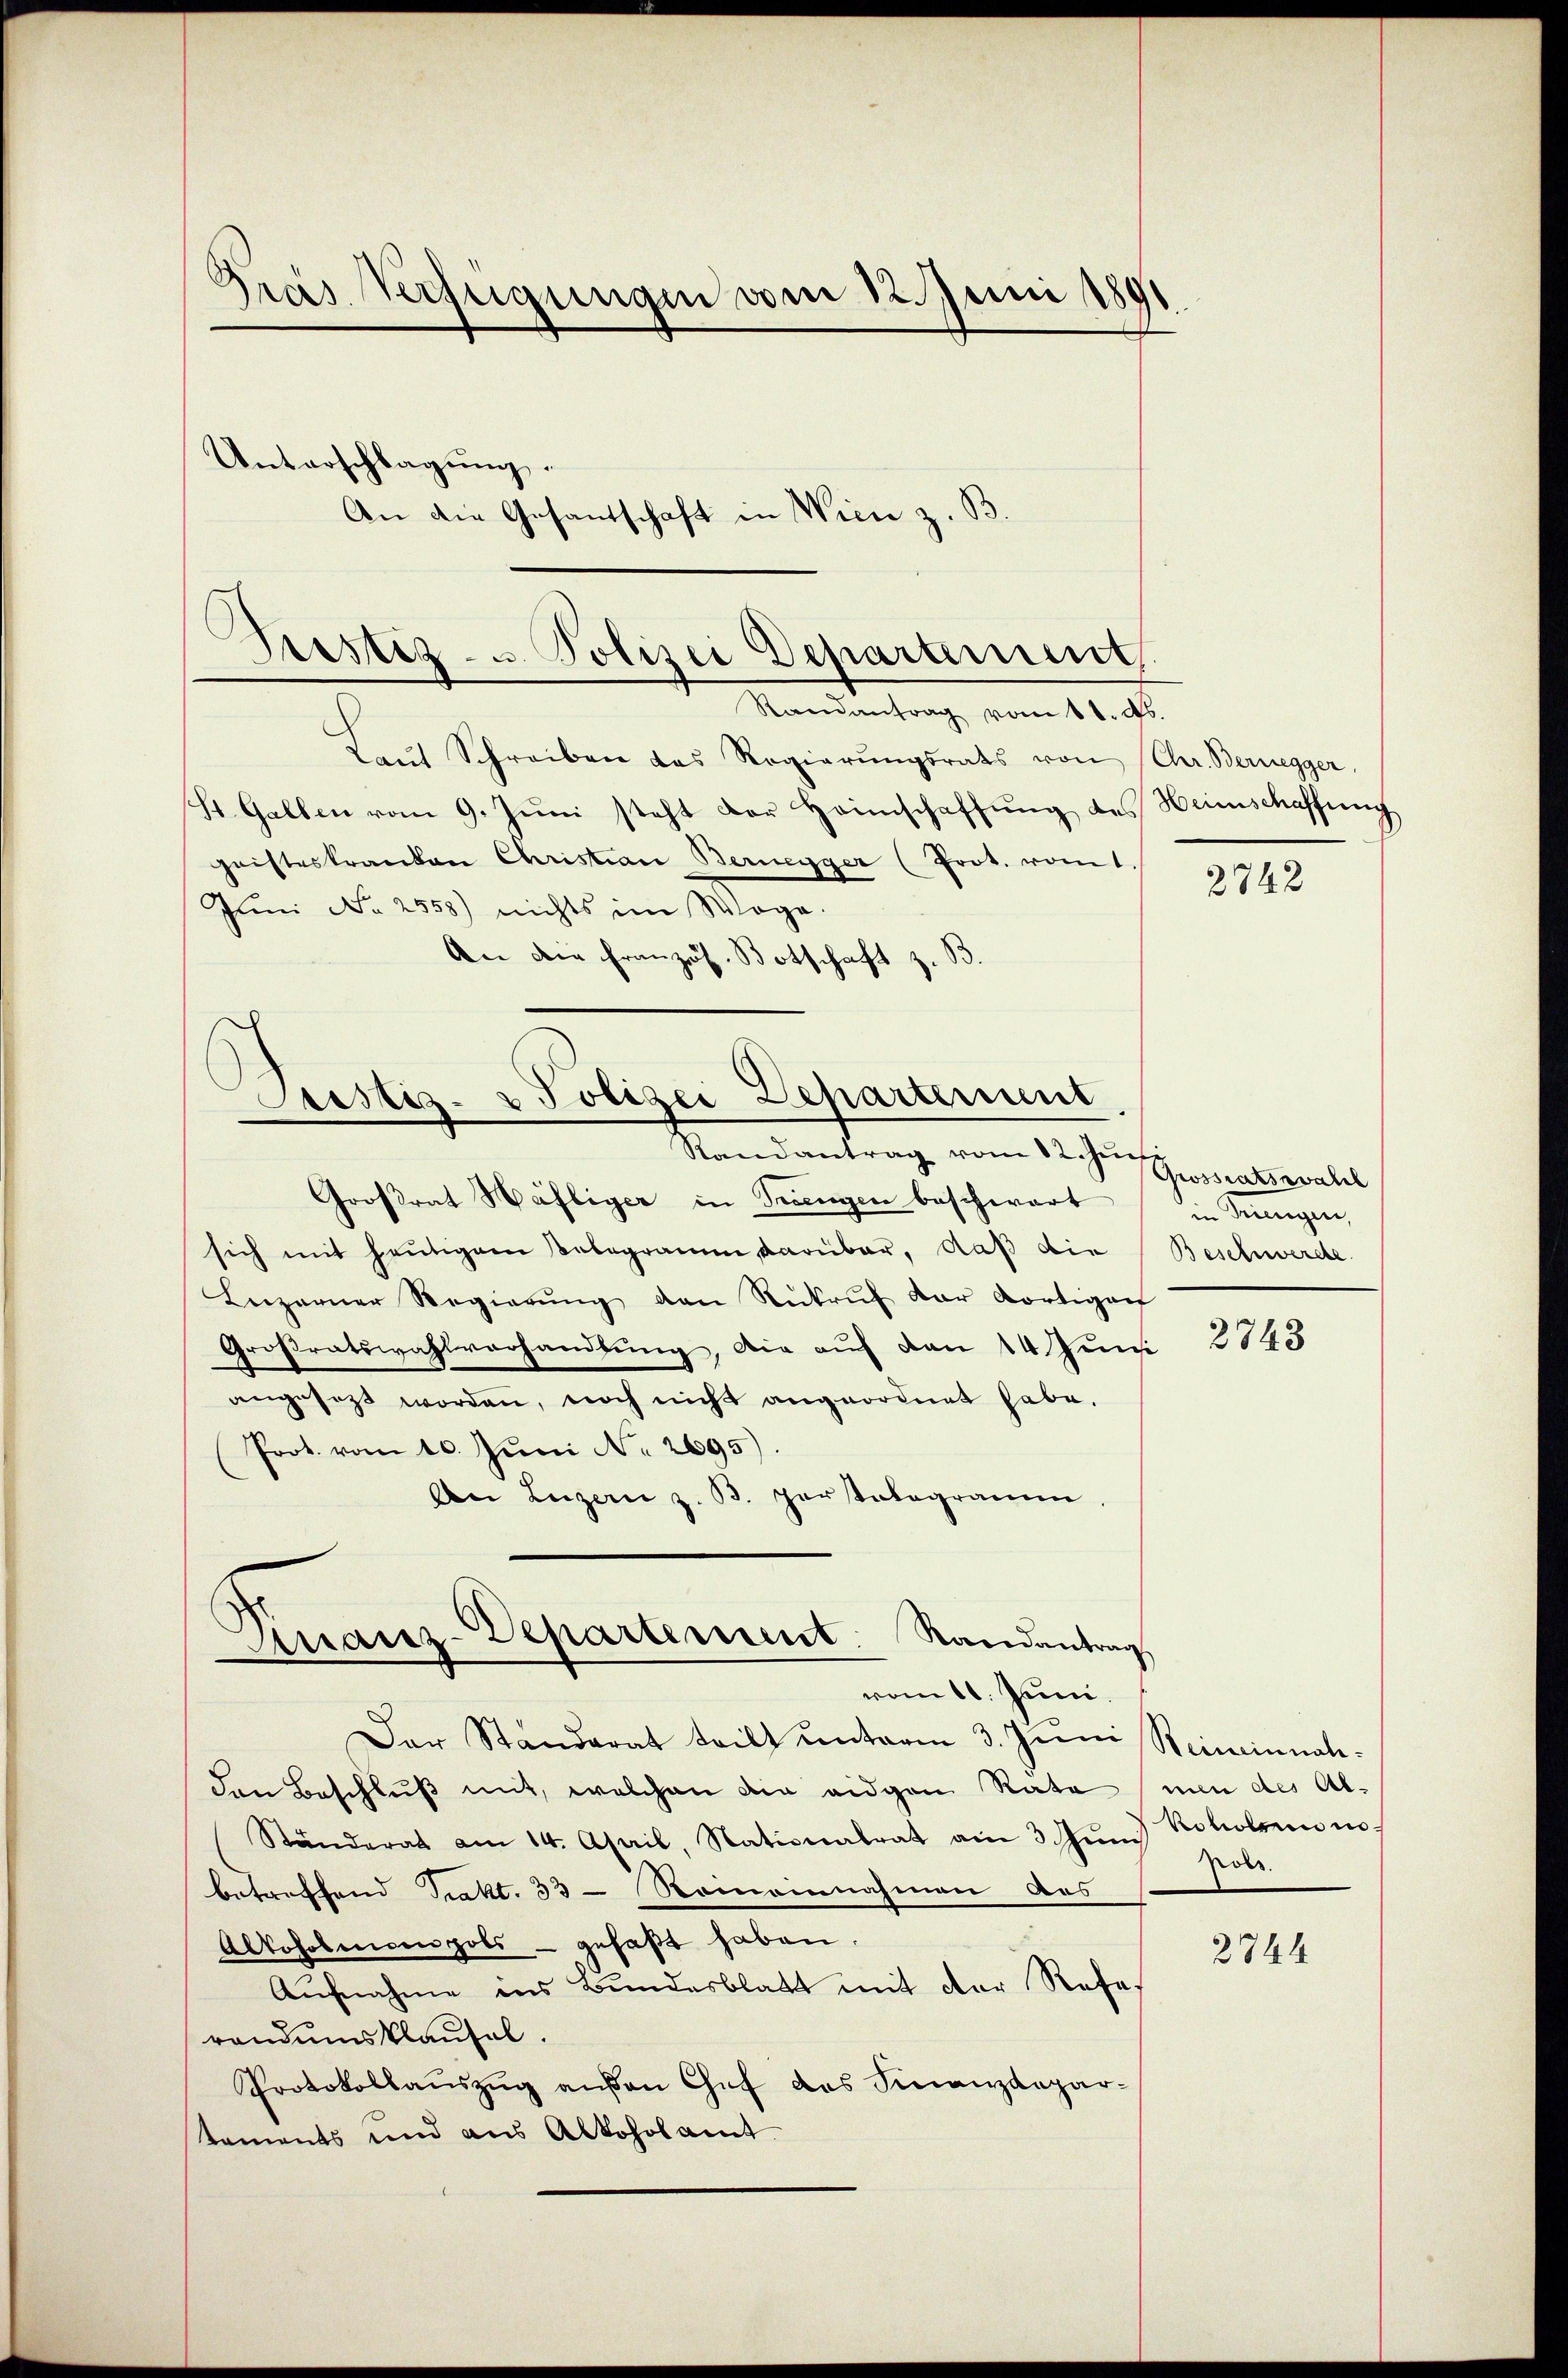
.
Pras Verfügungen vom 12. Juni 1891

Pristiz- u. Polizei Departement,
Randantrag vom 11. ds.

Unterschlagung.
An die Gesandschaft in Wien z. B.

Justiz- & Polizei Departement

Finanz-Departement. Randantrag
vom 11. Jann.

Randantrag vom 12ten Grossratswahl
Großrat Häfliger in Triengen beschwart
sich mit heutigem Belegramm darüber, daß die
Leizerner Regierŭng den Rükrŭf der dortiger
Großratswahlverhandlŭng, die auf von 14. Juni
angesetzt worden, noch nicht angeordnet habe.
Prot. vom 10. Juni No 2695).
An Luzern z. B. partalogramm
Der Standerat teilt unterm 3. Juni
den Beschluß mit, welchen die eigen Rata
Ständerat am 14. April, Nationalrat am 3. Juni
betreffend Prakt. 33 - Roineinnahmen des
Alkoholicen pols - gefaßt haben.
Aufnahme ins Bundesblatt mit der Referandumsklausel.
Protokollaŭszŭg aŭβen Chef das Finanzdepartaments und aus Alkoholamt

Laŭt Schreiben das Regierŭngsrats von Chr. Bernegger,
St. Gallen vom 9. Jŭni steht der Heimschaffŭng des Heimschaffung
geisteskranken Christian Bernegger (Prot. vomt.
Juni No 2558) nichts im Wege.
An die Französ. Botschaft z. B.

2742

in Triengen,
Beschwerde.

2743

Beineinnahmen des Alkoholsen in
Poss.

2744